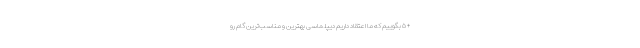
+ ۵ بگوییم که ما اعتقاد داریم دیپلماسی بهترین و مناسب‌ترین گام رو